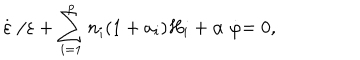
\stackrel { . } { \varepsilon } / \varepsilon + \sum _ { i = 1 } ^ { p } n _ { i } ( 1 + a _ { i } ) H _ { i } + \alpha \stackrel { . } { \varphi } = 0 ,